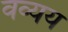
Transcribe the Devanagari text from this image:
वव्यय